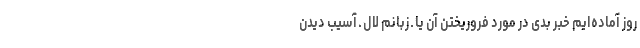
روز آماده‌ایم خبر بدی در مورد فروریختن آن یا ـ زبانم لال ـ آسیب دیدن